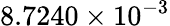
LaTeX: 8.7240\times 10^{-3}